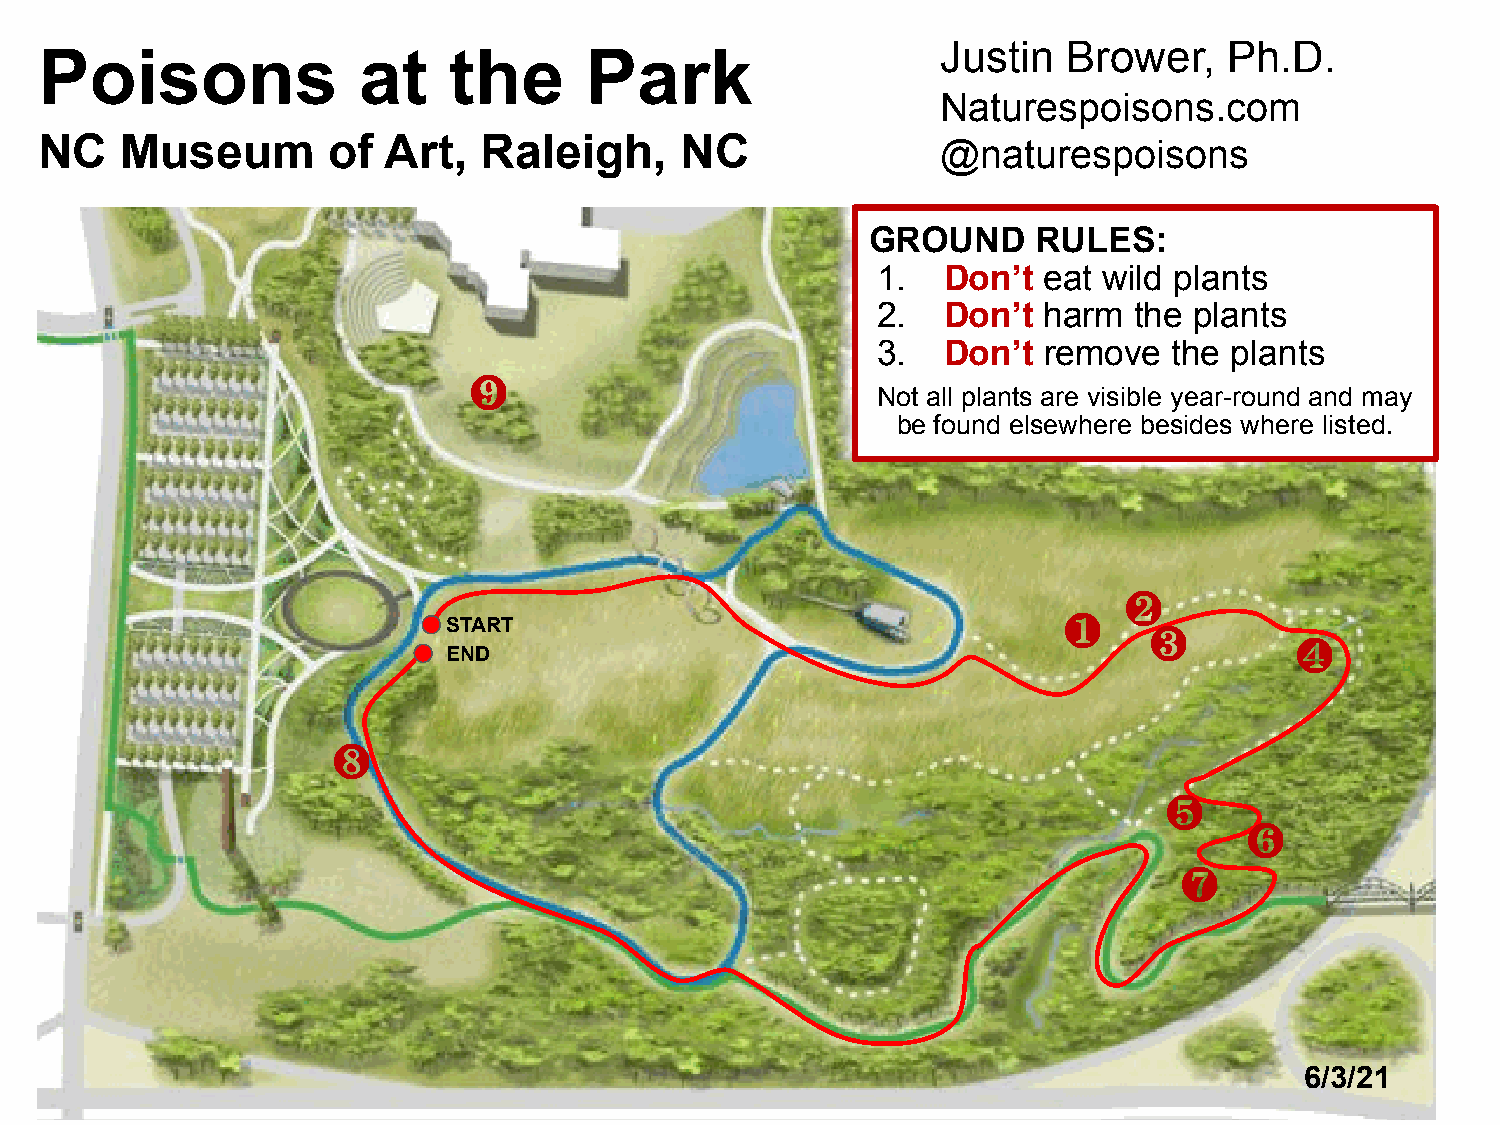
Poisons              at    the      Park                   J ustin  Brower,   Ph.D.
 Naturespoisons.com
 NC   Museum        of Art,   Raleigh,     NC
 @naturespoisons
 GROUND     RULES:
 1.  Don’t  eat wild plants
 2.  Don’t  harm  the plants
 3.  Don’t  remove   the plants
 ❾
 Not all plants are visible year-round and may
 be found elsewhere besides where listed.
 ❷
 START                                   ❶
 ❸
 ❹
 END
 ❽
 ❺
 ❻
 ❼
 6/3/21